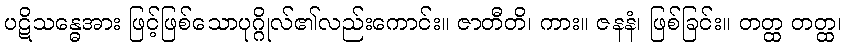
ပဋိသန္ဓေအား ဖြင့်ဖြစ်သောပုဂ္ဂိုလ်၏လည်းကောင်း။ ဇာတီတိ၊ ကား။ ဇနနံ၊ ဖြစ်ခြင်း။ တတ္ထ တတ္ထ၊